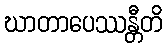
ဃာတာပေဿန္တီတိ